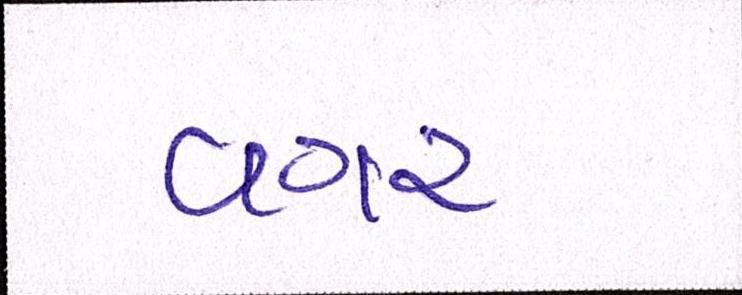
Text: વગર